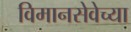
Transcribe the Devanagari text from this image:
विमानसेवेच्या